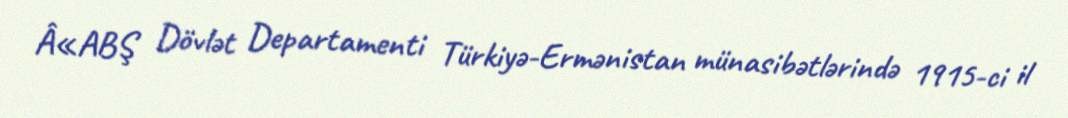
Â«ABŞ Dövlət Departamenti Türkiyə-Ermənistan münasibətlərində 1915-ci il